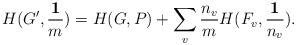
\begin{align*}H(G^\prime,\frac{\mathbf 1}{m}) = H(G,P) + \sum_{v} \frac{n_v}{m} H(F_v,\frac{\mathbf 1}{n_v}).\end{align*}